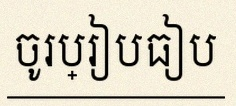
ចូរប្រៀបធៀប